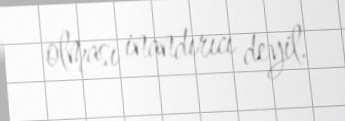
olması inandırıcı deyil.